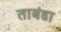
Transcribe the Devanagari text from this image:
ताबंडा